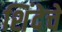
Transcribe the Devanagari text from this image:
शिंदेचे